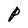
Character: P